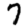
Digit: 7